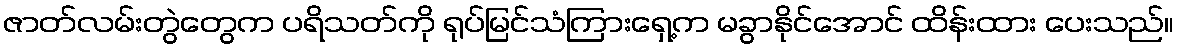
ဇာတ်လမ်းတွဲတွေက ပရိသတ်ကို ရုပ်မြင်သံကြားရှေ့က မခွာနိုင်အောင် ထိန်းထား ပေးသည်။